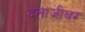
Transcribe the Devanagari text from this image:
दत्ताजीवर